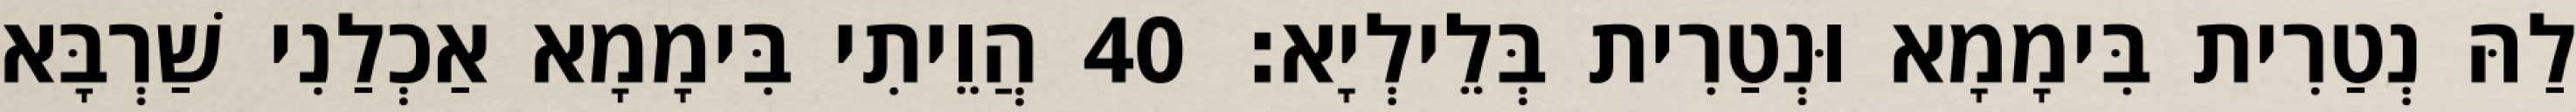
לַהּ נְטַרִית בִּימָמָא וּנְטַרִית בְּלֵילְיָא׃ 40 הֲוֵיתִי בִּימָמָא אַכְלַנִי שַׁרְבָּא